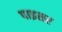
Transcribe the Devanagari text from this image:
पाइसर